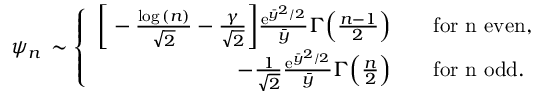
\psi _ { n } \, \sim \left\{ \begin{array} { r l } { \bigg [ - \frac { \log { ( n ) } } { \sqrt { 2 } } - \frac { \gamma } { \sqrt { 2 } } \bigg ] \frac { \mathrm { e } ^ { \bar { y } ^ { 2 } / 2 } } { \bar { y } } \Gamma \Big ( \frac { n - 1 } { 2 } \Big ) } & { \quad \mathrm { f o r ~ n ~ e v e n } , } \\ { - \frac { 1 } { \sqrt { 2 } } \frac { \mathrm { e } ^ { \bar { y } ^ { 2 } / 2 } } { \bar { y } } \Gamma \Big ( \frac { n } { 2 } \Big ) } & { \quad \mathrm { f o r ~ n ~ o d d } . } \end{array} \right.